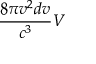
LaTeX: { \frac { 8 \pi v ^ { 2 } d v } { c ^ { 3 } } } V